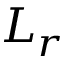
L _ { r }